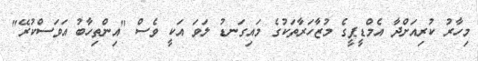
މިހާރު ކުރިއަށްދާ އެމްޑީޕީގެ މުޒާހަރާތަކުގެ މައިގަނޑު ލަވަ އަކީ ވެސް "އިންތިހާބު އަވަސްކުރޭ"